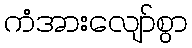
ကံအားလျော်စွာ